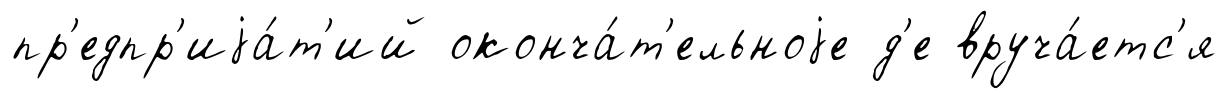
пр'едпр'иjа́т'ий оконча́т'ельноjе д'е вруча́етс'я